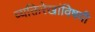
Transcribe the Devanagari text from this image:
व्यक्तिरेखांविषयी